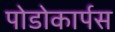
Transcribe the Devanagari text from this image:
पोडोकार्पस